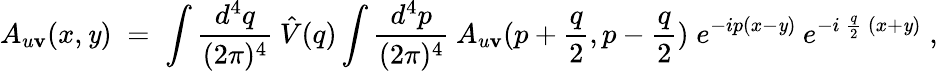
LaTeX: A_{u\mathbf{v}}(x,\mathit{y})\; =\; \int\frac{{d^{4}q}}{{(2\pi)^{4}}}\: \hat{{V}}(q)\int\frac{{d^{4}p}}{{(2\pi)^{4}}}\: A_{u\mathbf{v}}(p+\frac{{q}}{{2}},p-\frac{{q}}{{2}})\; e^{-ip(x-\mathit{y})}\: e^{-i\: \frac{{q}}{{2}}\: (x+\mathit{y})}\; ,